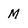
Character: M